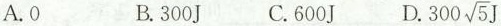
A.0 B.300J C.600] D. $$300 \sqrt{5}J$$